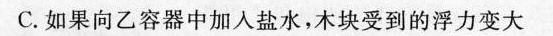
C.如果向乙容器中加入盐水，木块受到的浮力变大